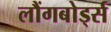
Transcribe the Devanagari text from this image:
लौंगबोर्ड्स